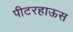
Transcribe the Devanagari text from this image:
पीटरहाऊस